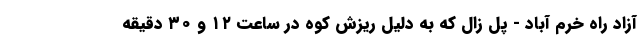
آزاد راه خرم آباد - پل زال که به دلیل ریزش کوه در ساعت ۱۲ و ۳۰ دقیقه